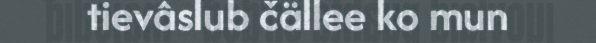
tievâslub čällee ko mun